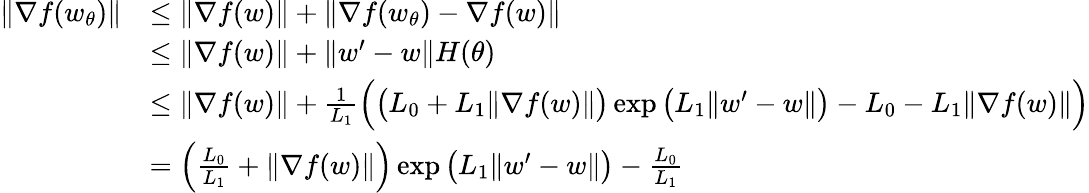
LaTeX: \begin{array}{rl}{\| \nabla f(w_{\theta})\| }&{\le\| \nabla f(w)\| +\| \nabla f(w_{\theta})-\nabla f(w)\| }\\ &{\le\| \nabla f(w)\| +\| w^{\prime}-w\| H(\theta)}\\ &{\le\| \nabla f(w)\| +\frac{1}{L_{1}}\Big(\big(L_{0}+L_{1}\| \nabla f(w)\| \big)\exp\big(L_{1}\| w^{\prime}-w\| \big)-L_{0}-L_{1}\| \nabla f(w)\| \Big)}\\ &{=\Big(\frac{L_{0}}{L_{1}}+\| \nabla f(w)\| \Big)\exp\big(L_{1}\| w^{\prime}-w\| \big)-\frac{L_{0}}{L_{1}}}\end{array}